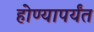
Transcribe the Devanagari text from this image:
होण्यापर्यंत